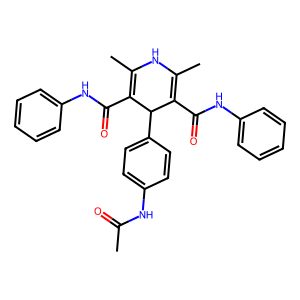
SMILES: CC(=O)Nc1ccc(C2C(C(=O)Nc3ccccc3)=C(C)NC(C)=C2C(=O)Nc2ccccc2)cc1
Inhibits HIV replication: No